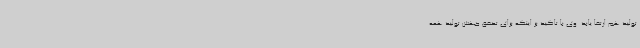
تولید هم ارتقا یابد. وی با تاکید بر اینکه برای تحقق جهش تولید همه